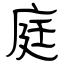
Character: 庭